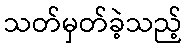
သတ်မှတ်ခဲ့သည့်